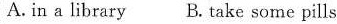
A. in a library B. Take some pills